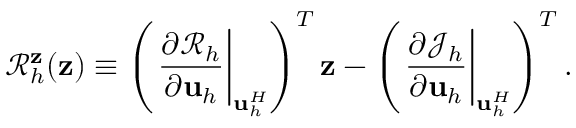
\mathcal { R } _ { h } ^ { \mathbf { z } } ( \mathbf { z } ) \equiv \left( \left. \frac { \partial \mathcal R _ { h } } { \partial \mathbf { u } _ { h } } \right| _ { \mathbf { u } _ { h } ^ { H } } \right) ^ { T } \mathbf { z } - \left( \left. \frac { \partial \mathcal J _ { h } } { \partial \mathbf { u } _ { h } } \right| _ { \mathbf { u } _ { h } ^ { H } } \right) ^ { T } .